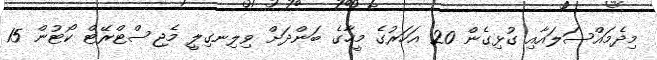
މިދެމައްސަލައާއި ގުޅިގެން 20 އަހަރުގެ މީހާގެ ބަންދަށް ވިލިނގިލީ މެޖިސްޓްރޭޓް ކޯޓުން 15